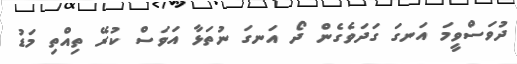
ދުވަސްވީމަ އަނގަ ގަދަވެގެން ދޯ އަނގަ ނުތަޅާ އަވަސް ކުރޭ ތިއްތި މަޑު